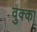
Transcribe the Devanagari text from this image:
वुक्का